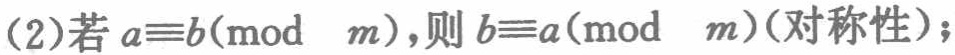
(2)若\(a\equiv b(\bmod\ m)\)，则\(b\equiv a(\bmod\ m)\)（对称性）；